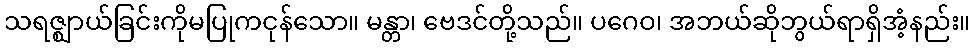
သရဇ္ဈာယ်ခြင်းကိုမပြုကငုန်သော။ မန္တာ၊ ဗေဒင်တို့သည်။ ပဂေဝ၊ အဘယ်ဆိုဘွယ်ရာရှိအံ့နည်း။